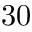
3 0